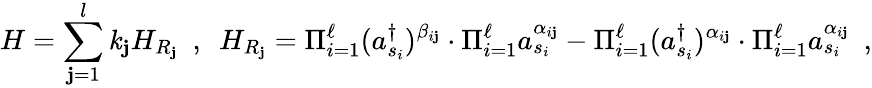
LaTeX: H=\sum_{\mathbf{j}=1}^{l}\mathit{k}_{\mathbf{j}}H_{R_{\mathbf{j}}}~~,~~H_{R_{\mathbf{j}}}=\Pi_{i=1}^{\ell}(a_{s_{i}}^{\dagger})^{\beta_{i\mathbf{j}}}\cdot\Pi_{i=1}^{\ell}a_{s_{i}}^{\alpha_{i\mathbf{j}}}-\Pi_{i=1}^{\ell}(a_{s_{i}}^{\dagger})^{\alpha_{i\mathbf{j}}}\cdot\Pi_{i=1}^{\ell}a_{s_{i}}^{\alpha_{i\mathbf{j}}}~~,